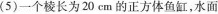
(5)一个棱长为20cm的正方体鱼缸，水面